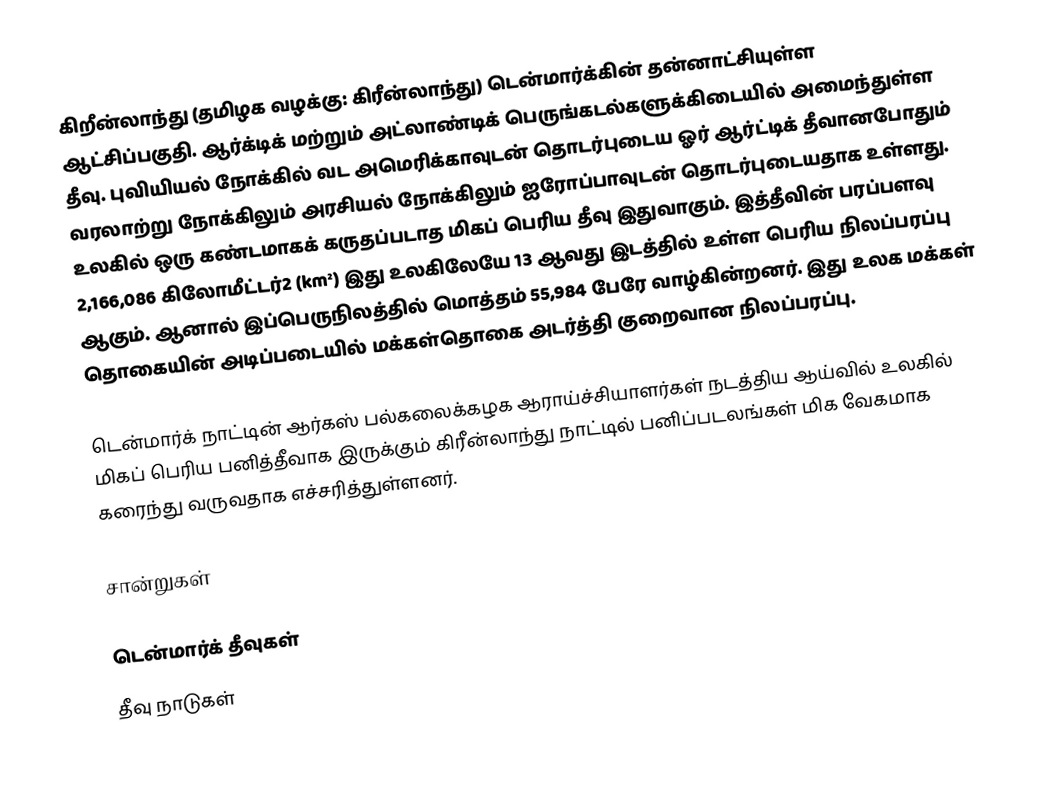
கிறீன்லாந்து (தமிழக வழக்கு: கிரீன்லாந்து) டென்மார்க்கின் தன்னாட்சியுள்ள ஆட்சிப்பகுதி. ஆர்க்டிக் மற்றும் அட்லாண்டிக் பெருங்கடல்களுக்கிடையில் அமைந்துள்ள தீவு. புவியியல் நோக்கில் வட அமெரிக்காவுடன் தொடர்புடைய ஓர் ஆர்ட்டிக் தீவானபோதும் வரலாற்று நோக்கிலும் அரசியல் நோக்கிலும் ஐரோப்பாவுடன் தொடர்புடையதாக உள்ளது. உலகில் ஒரு கண்டமாகக் கருதப்படாத மிகப் பெரிய தீவு இதுவாகும். இத்தீவின் பரப்பளவு 2,166,086 கிலோமீட்டர்2 (km²) இது உலகிலேயே 13 ஆவது இடத்தில் உள்ள பெரிய நிலப்பரப்பு ஆகும். ஆனால் இப்பெருநிலத்தில் மொத்தம் 55,984 பேரே வாழ்கின்றனர். இது உலக மக்கள் தொகையின் அடிப்படையில் மக்கள்தொகை அடர்த்தி குறைவான நிலப்பரப்பு.

டென்மார்க் நாட்டின் ஆர்கஸ் பல்கலைக்கழக ஆராய்ச்சியாளர்கள் நடத்திய ஆய்வில் உலகில் மிகப் பெரிய பனித்தீவாக இருக்கும் கிரீன்லாந்து நாட்டில்  பனிப்படலங்கள் மிக வேகமாக கரைந்து வருவதாக எச்சரித்துள்ளனர்.

சான்றுகள்

டென்மார்க் தீவுகள்
தீவு நாடுகள்